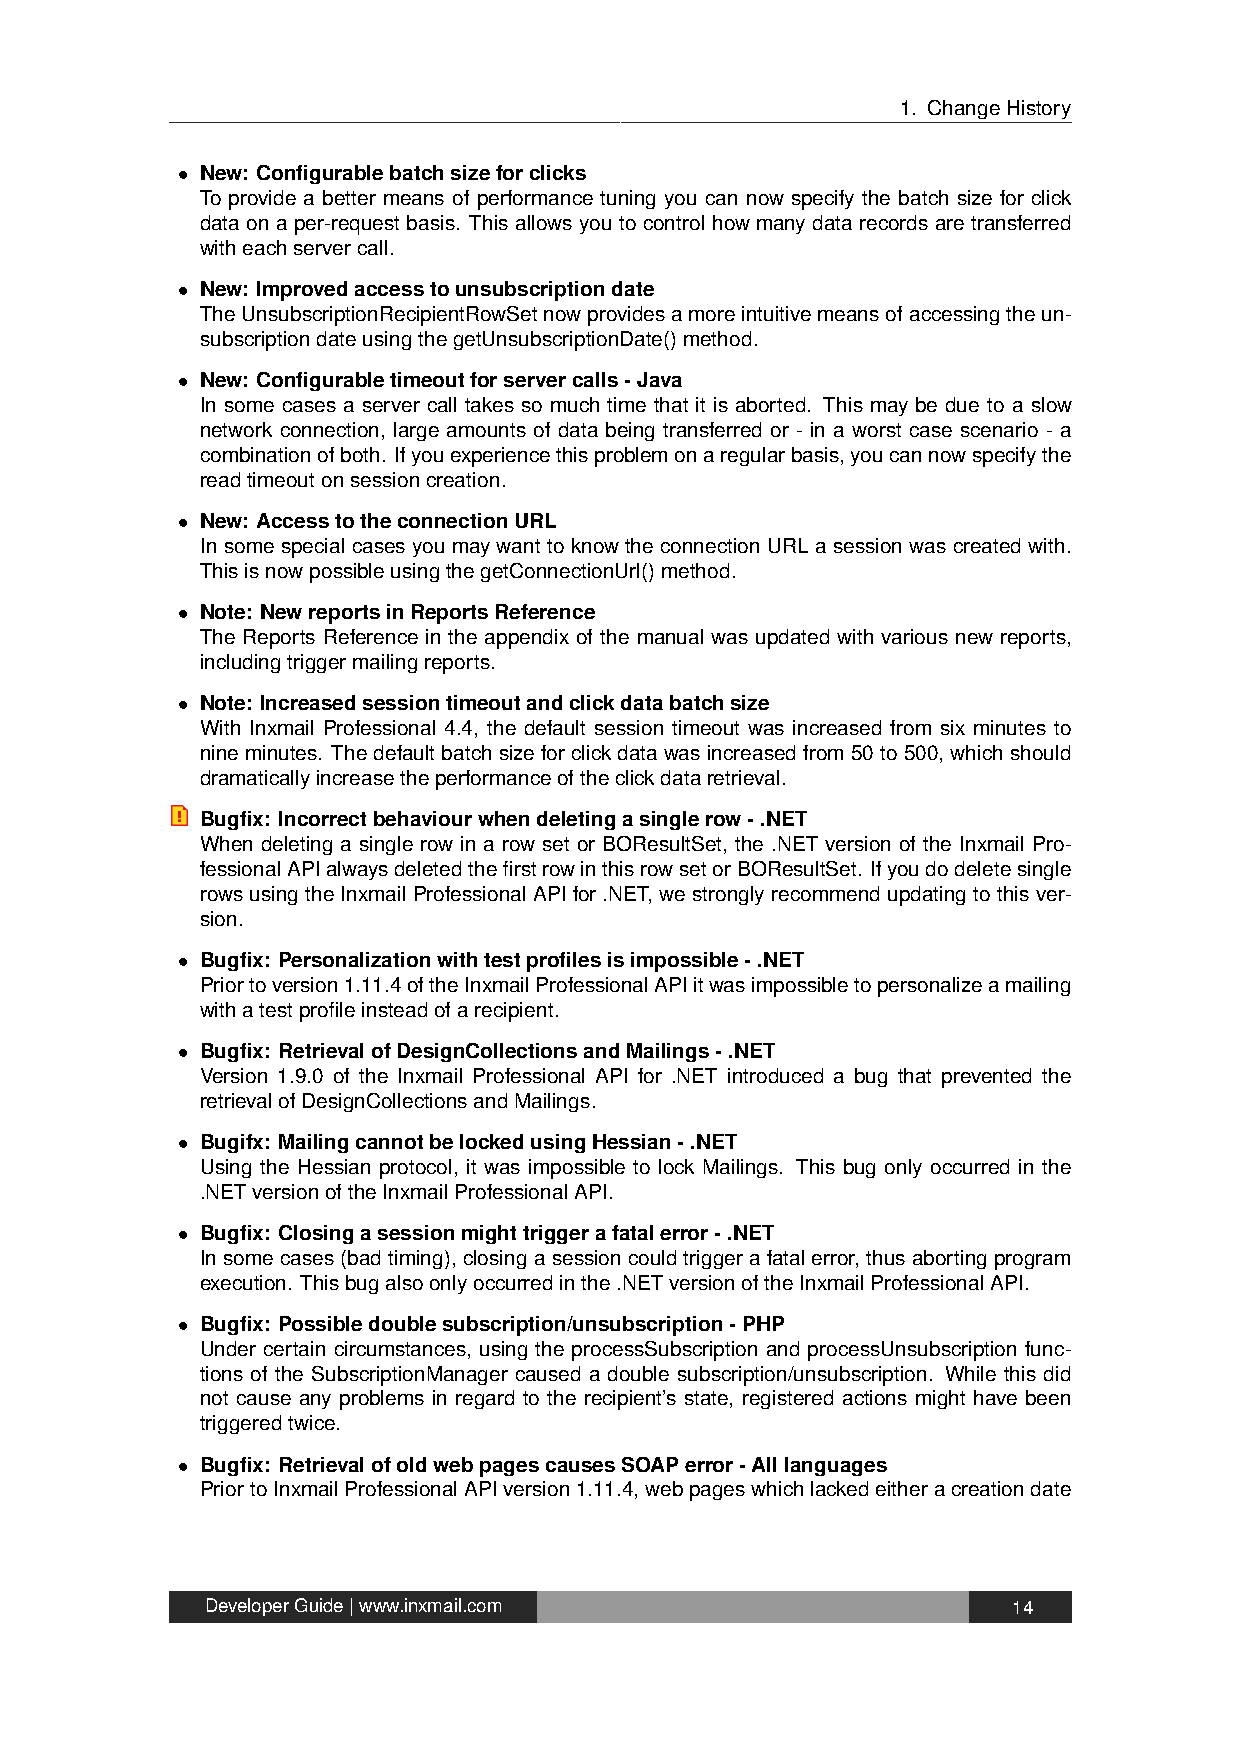
1. ChangeHistory
 • New: Configurablebatchsizeforclicks
 To provide a better means of performance tuning you can now specify the batch size for click
 data on a per-request basis. This allows you to control how many data records are transferred
 witheachservercall.
 • New: Improvedaccesstounsubscriptiondate
 TheUnsubscriptionRecipientRowSetnowprovidesamoreintuitivemeansofaccessingtheun-
 subscriptiondateusingthegetUnsubscriptionDate()method.
 • New: Configurabletimeoutforservercalls-Java
 In some cases a server call takes so much time that it is aborted. This may be due to a slow
 network connection, large amounts of data being transferred or - in a worst case scenario - a
 combinationofboth. Ifyouexperiencethisproblemonaregularbasis,youcannowspecifythe
 readtimeoutonsessioncreation.
 • New: AccesstotheconnectionURL
 In some special cases you may want to know the connection URL a session was created with.
 ThisisnowpossibleusingthegetConnectionUrl()method.
 • Note: NewreportsinReportsReference
 The Reports Reference in the appendix of the manual was updated with various new reports,
 includingtriggermailingreports.
 • Note: Increasedsessiontimeoutandclickdatabatchsize
 With Inxmail Professional 4.4, the default session timeout was increased from six minutes to
 nineminutes. Thedefaultbatchsizeforclickdatawasincreasedfrom50to500, whichshould
 dramaticallyincreasetheperformanceoftheclickdataretrieval.
 Bugfix: Incorrectbehaviourwhendeletingasinglerow-.NET
 When deleting a single row in a row set or BOResultSet, the .NET version of the Inxmail Pro-
 fessionalAPIalwaysdeletedthefirstrowinthisrowsetorBOResultSet. Ifyoudodeletesingle
 rows using the Inxmail Professional API for .NET, we strongly recommend updating to this ver-
 sion.
 • Bugfix: Personalizationwithtestprofilesisimpossible-.NET
 Priortoversion1.11.4oftheInxmailProfessionalAPIitwasimpossibletopersonalizeamailing
 withatestprofileinsteadofarecipient.
 • Bugfix: RetrievalofDesignCollectionsandMailings-.NET
 Version 1.9.0 of the Inxmail Professional API for .NET introduced a bug that prevented the
 retrievalofDesignCollectionsandMailings.
 • Bugifx: MailingcannotbelockedusingHessian-.NET
 Using the Hessian protocol, it was impossible to lock Mailings. This bug only occurred in the
 .NETversionoftheInxmailProfessionalAPI.
 • Bugfix: Closingasessionmighttriggerafatalerror-.NET
 Insomecases(badtiming), closingasessioncouldtriggerafatalerror, thusabortingprogram
 execution. Thisbugalsoonlyoccurredinthe.NETversionoftheInxmailProfessionalAPI.
 • Bugfix: Possibledoublesubscription/unsubscription-PHP
 Under certain circumstances, using the processSubscription and processUnsubscription func-
 tions of the SubscriptionManager caused a double subscription/unsubscription. While this did
 not cause any problems in regard to the recipient’s state, registered actions might have been
 triggeredtwice.
 • Bugfix: RetrievalofoldwebpagescausesSOAPerror-Alllanguages
 PriortoInxmailProfessionalAPIversion1.11.4,webpageswhichlackedeitheracreationdate
 DeveloperGuide|www.inxmail.com                       14